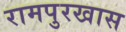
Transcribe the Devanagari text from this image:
रामपुरखास